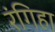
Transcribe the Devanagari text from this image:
रंगिहा